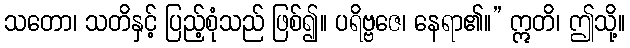
သတော၊ သတိနှင့် ပြည့်စုံသည် ဖြစ်၍။ ပရိဗ္ဗဇေ၊ နေရာ၏။” ဣတိ၊ ဤသို့။